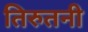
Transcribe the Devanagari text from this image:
तिरुतनी